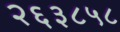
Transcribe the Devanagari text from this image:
२६३८५८